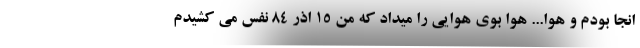
انجا بودم و هوا... هوا بوی هوایی را میداد که من ۱۵ اذر ۸۴ نفس می کشیدم